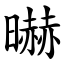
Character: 㬨